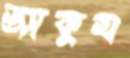
ভ্যাকুম